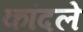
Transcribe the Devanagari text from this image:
कांदले